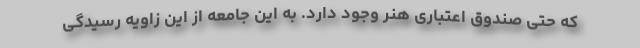
که حتی صندوق اعتباری هنر وجود دارد. به این جامعه از این زاویه رسیدگی